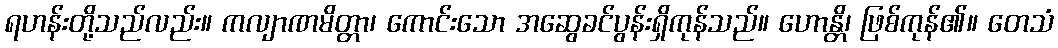
ရဟန်းတို့သည်လည်း။ ကလျာဏမိတ္တာ၊ ကောင်းသော အဆွေခင်ပွန်းရှိကုန်သည်။ ဟောန္တိ၊ ဖြစ်ကုန်၏။ တေသံ